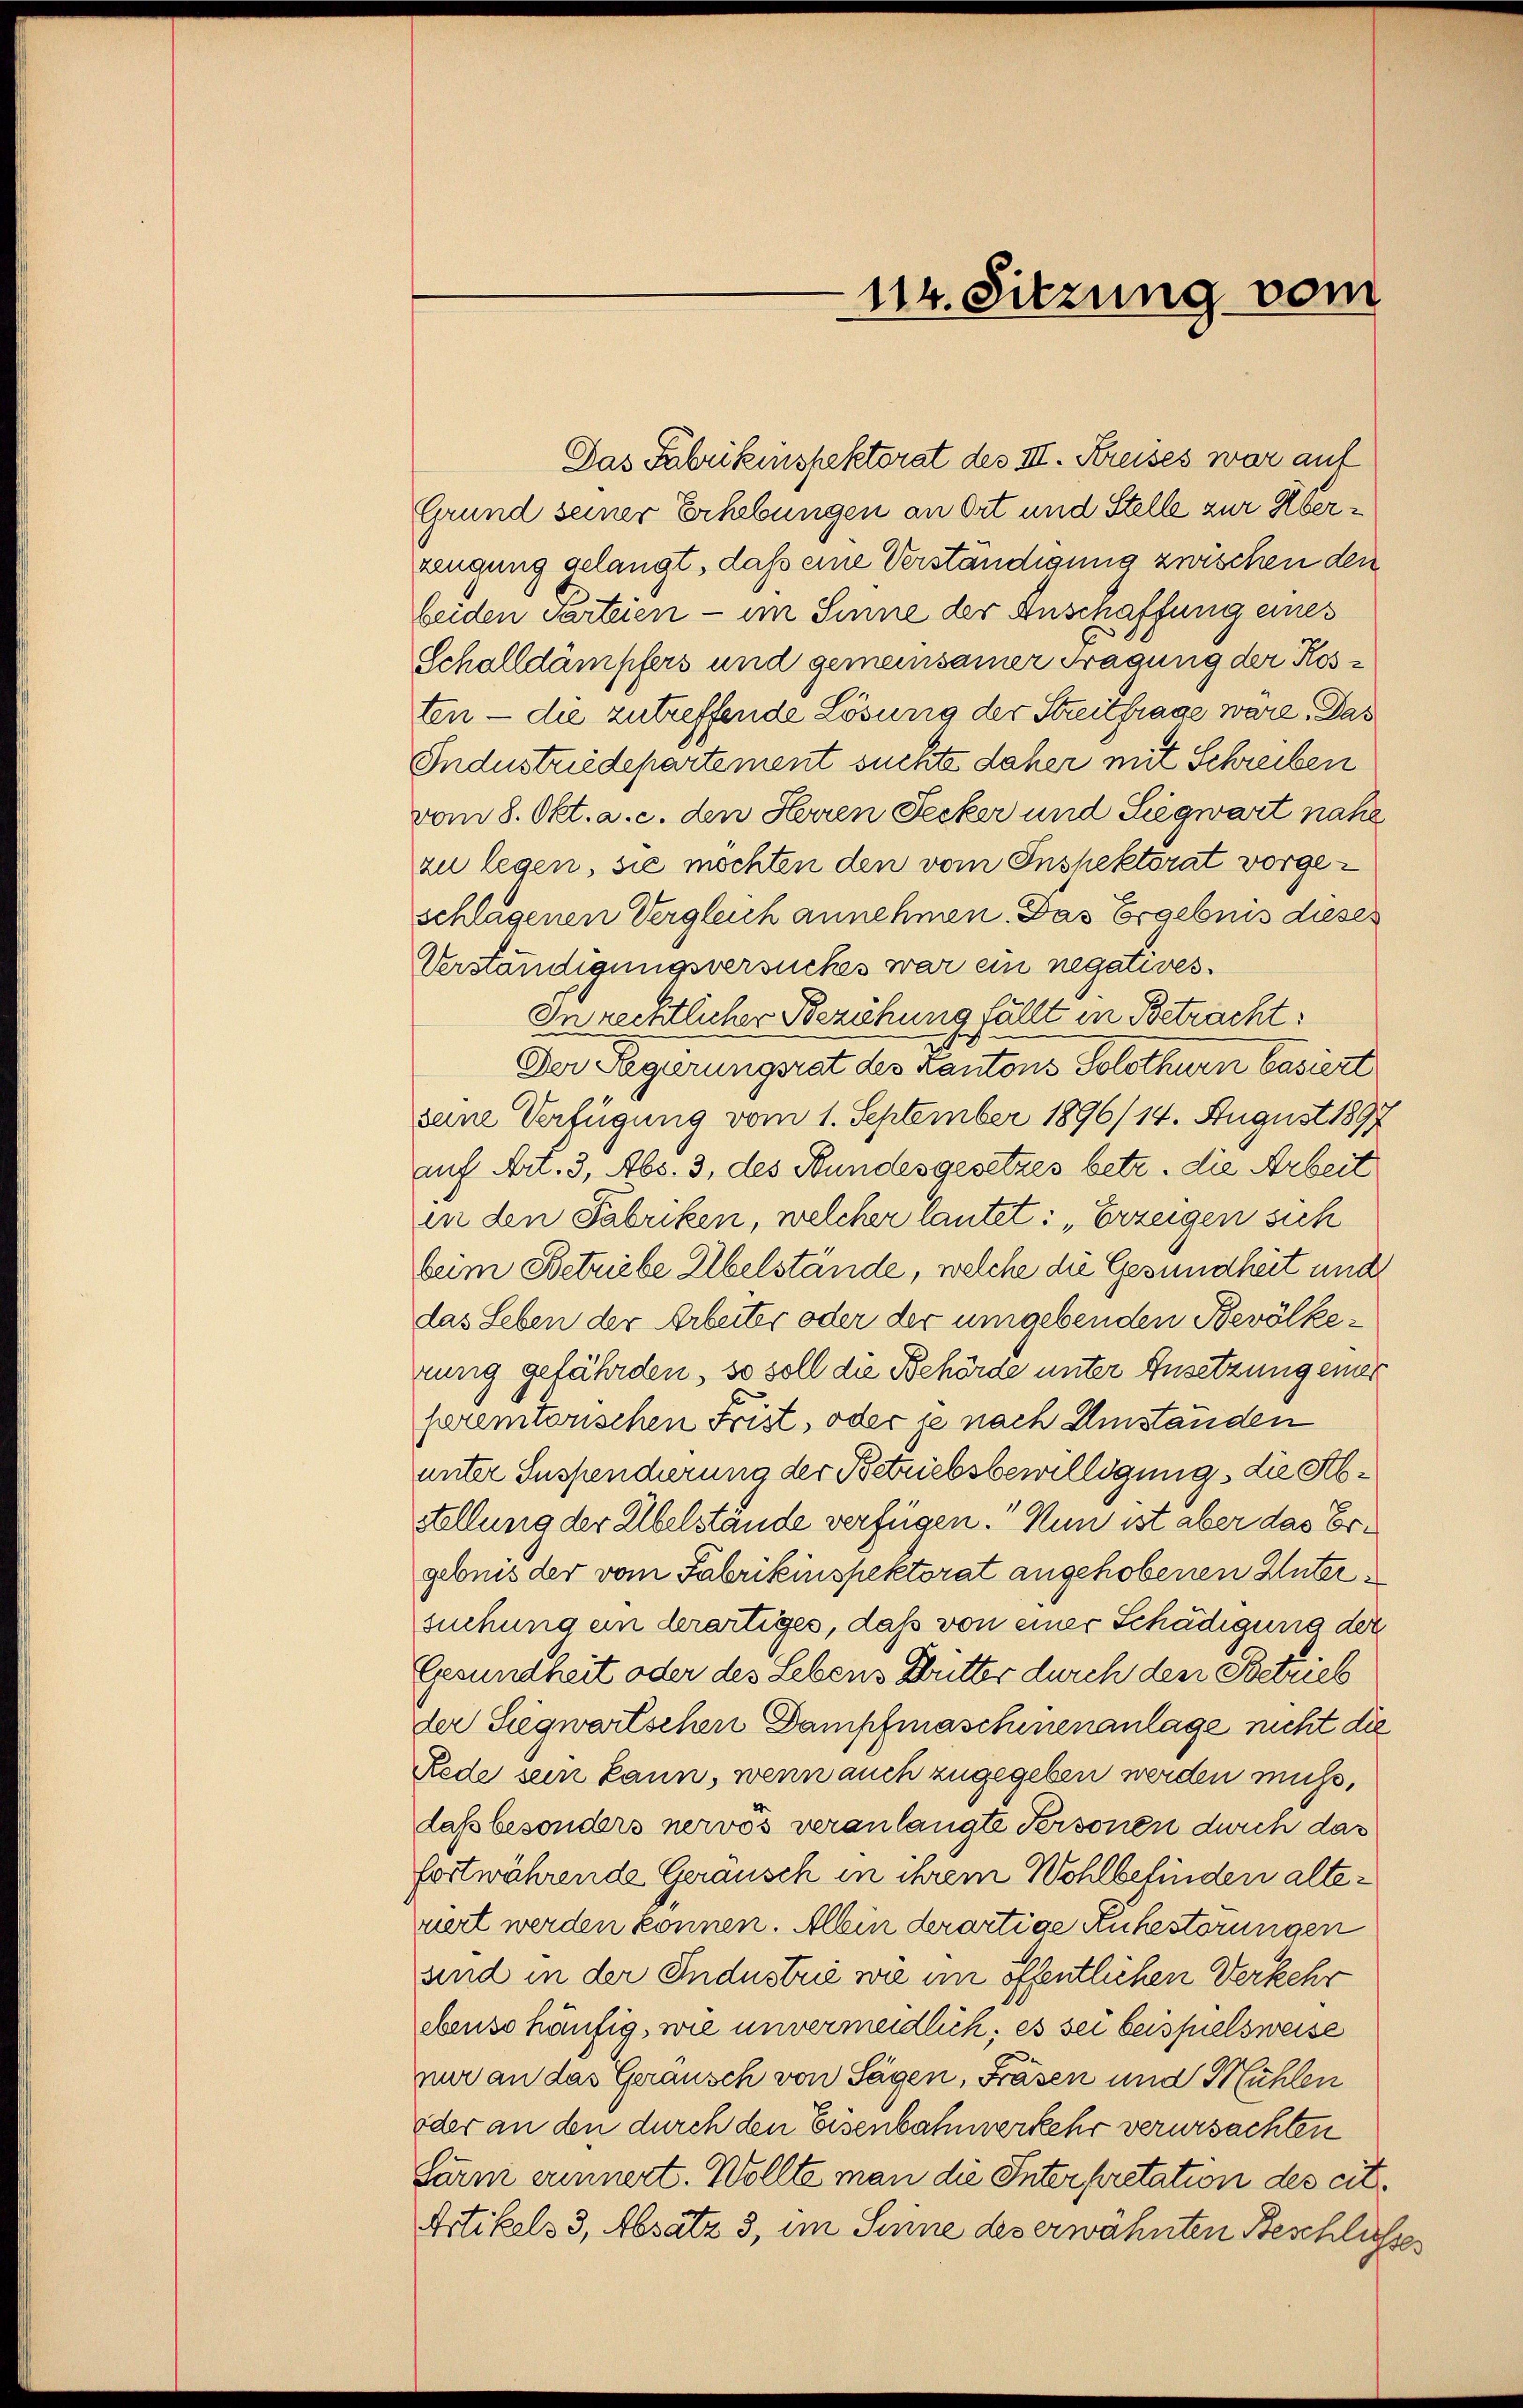
Das Fabrikinspektorat des III. Kreises war auf
Grund seiner Erhebungen an Ort und Stelle zur Überzeugung gelangt, daß eine Verständigung zwischen den
beiden Parteien - im Sinne der Anschaffung eines
Scholldämpfers und gemeinsamer Tragung der Kosten — die zutreffende Lösung der Streitfrage wäre. Das
Industriedepartement suchte daher mit Schreiben
vom 8. Okt. a. c. den Herren Secker und Siegwart nahe
zu legen, sie möchten den vom Inspektorat vorgeschlagenen Vergleich annehmen. Das Ergebnis dieses
Verständigungsversuches war ein negatives.
In rechtlicher Beziehung fällt in Betracht:
Der Regierungsrat des Kantons Solothurn basiert
seine Verfügung vom 1. September 1896/14. August 1897
auf Art. 3, Abs. 3, des Stundesgesetzes betr. die Arbeit
in den Fabriken, welcher lautet: „Erzeigen sich
beim Betriebe Übelstände, welche die Gesundheit und
das Leben der Arbeiter oder der umgebenden Bevölkeuung gefährden, so soll die Behörde unter Ansetzung einer
faeremtorischen Frist, oder je nach Umständen
unter Suspendierung der Betriebsbewilligung die Abstellung der Übelstände verfügen. Nun ist aber das Ergebnis der vom Fabrikinspektorat angehobenen Untersuchung ein derartiges, daß von einer Schädigung der
Gesundheit oder des Lebens Butter durch den Betrieb
der Siegwartschen Dampfmaschinenanlage nicht die
Rede sein kann, wenn auch zugegeben werden muss,
daß besonders nervös veranlangte Personen durch das
fortwährende Gerausch in ihrem Wohlbefinden alteviert werden können. Allein derartiae Ruhestörungen
und in der Industrie wie im öffentlichen Verkehr
ebenso häufig, wie unvermeidlich; es sei beispielsweise
nur an das Gerausch von Sägen, Fräsen und Mühlen
oder an den durch den Eisenbahnverkehr verursachten
Lärm erinnert. Wollte man die Interpretation des cit.
Artikels 3, Absatz 3, im Sinne des erwähnten Beschlusses

114. Sitzung vom